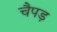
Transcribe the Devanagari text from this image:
चैपड़